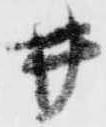
井